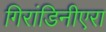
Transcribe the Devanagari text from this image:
गिरांडिनीएरा